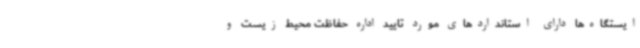
ایستگاه‌ها دارای استانداردهای مورد تایید اداره حفاظت محیط زیست و